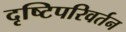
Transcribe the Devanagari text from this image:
दृष्टिपरिवर्तन